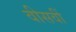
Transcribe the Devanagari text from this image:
वीसवीं